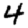
Digit: 4